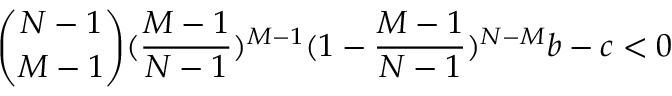
\binom { N - 1 } { M - 1 } ( \frac { M - 1 } { N - 1 } ) ^ { M - 1 } ( 1 - \frac { M - 1 } { N - 1 } ) ^ { N - M } b - c < 0